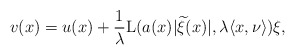
\begin{align*}v(x)=u(x)+\frac{1}{\lambda}\mathrm L(a(x)|\widetilde \xi(x)|,\lambda \langle x,\nu\rangle)\xi,\end{align*}